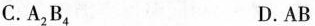
C. A_{2}B_{4} D. AB